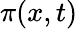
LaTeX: \pi(x,t)